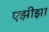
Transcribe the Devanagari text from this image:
एझीझा